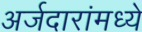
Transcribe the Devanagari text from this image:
अर्जदारांमध्ये